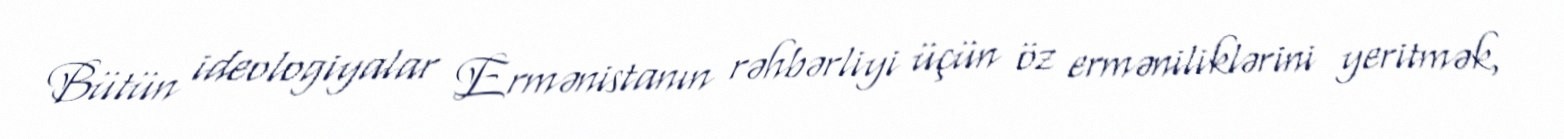
Bütün ideologiyalar Ermənistanın rəhbərliyi üçün öz erməniliklərini yeritmək,